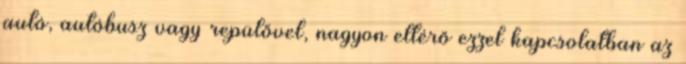
autó, autóbusz vagy repülővel, nagyon eltérő ezzel kapcsolatban az